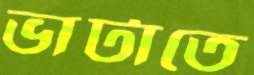
ভাটাতে